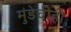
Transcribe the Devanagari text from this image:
मुंडेचीही